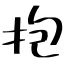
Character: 抱